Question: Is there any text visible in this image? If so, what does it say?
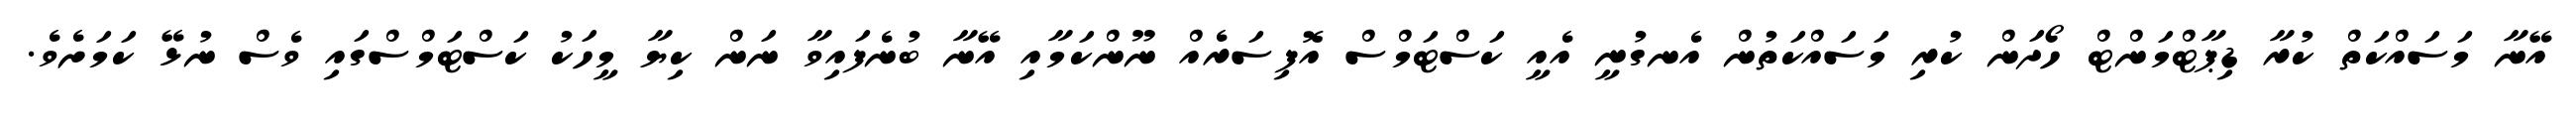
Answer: އޭނާ މަސައްކަތް ކުރާ ޑިޕާޓްމަންޓް ހޯދަން ކުރި މަސައްކަތުން އެނގުނީ އެއީ ކަސްޓަމްސް އޮފިސަރެއް ނޫންކަމާއި އޭނާ ބުނެފައިވާ ނަން ކިޔާ މީހަކު ކަސްޓަމްސްގައި ވެސް ނުޅޭ ކަމަށެވެ.